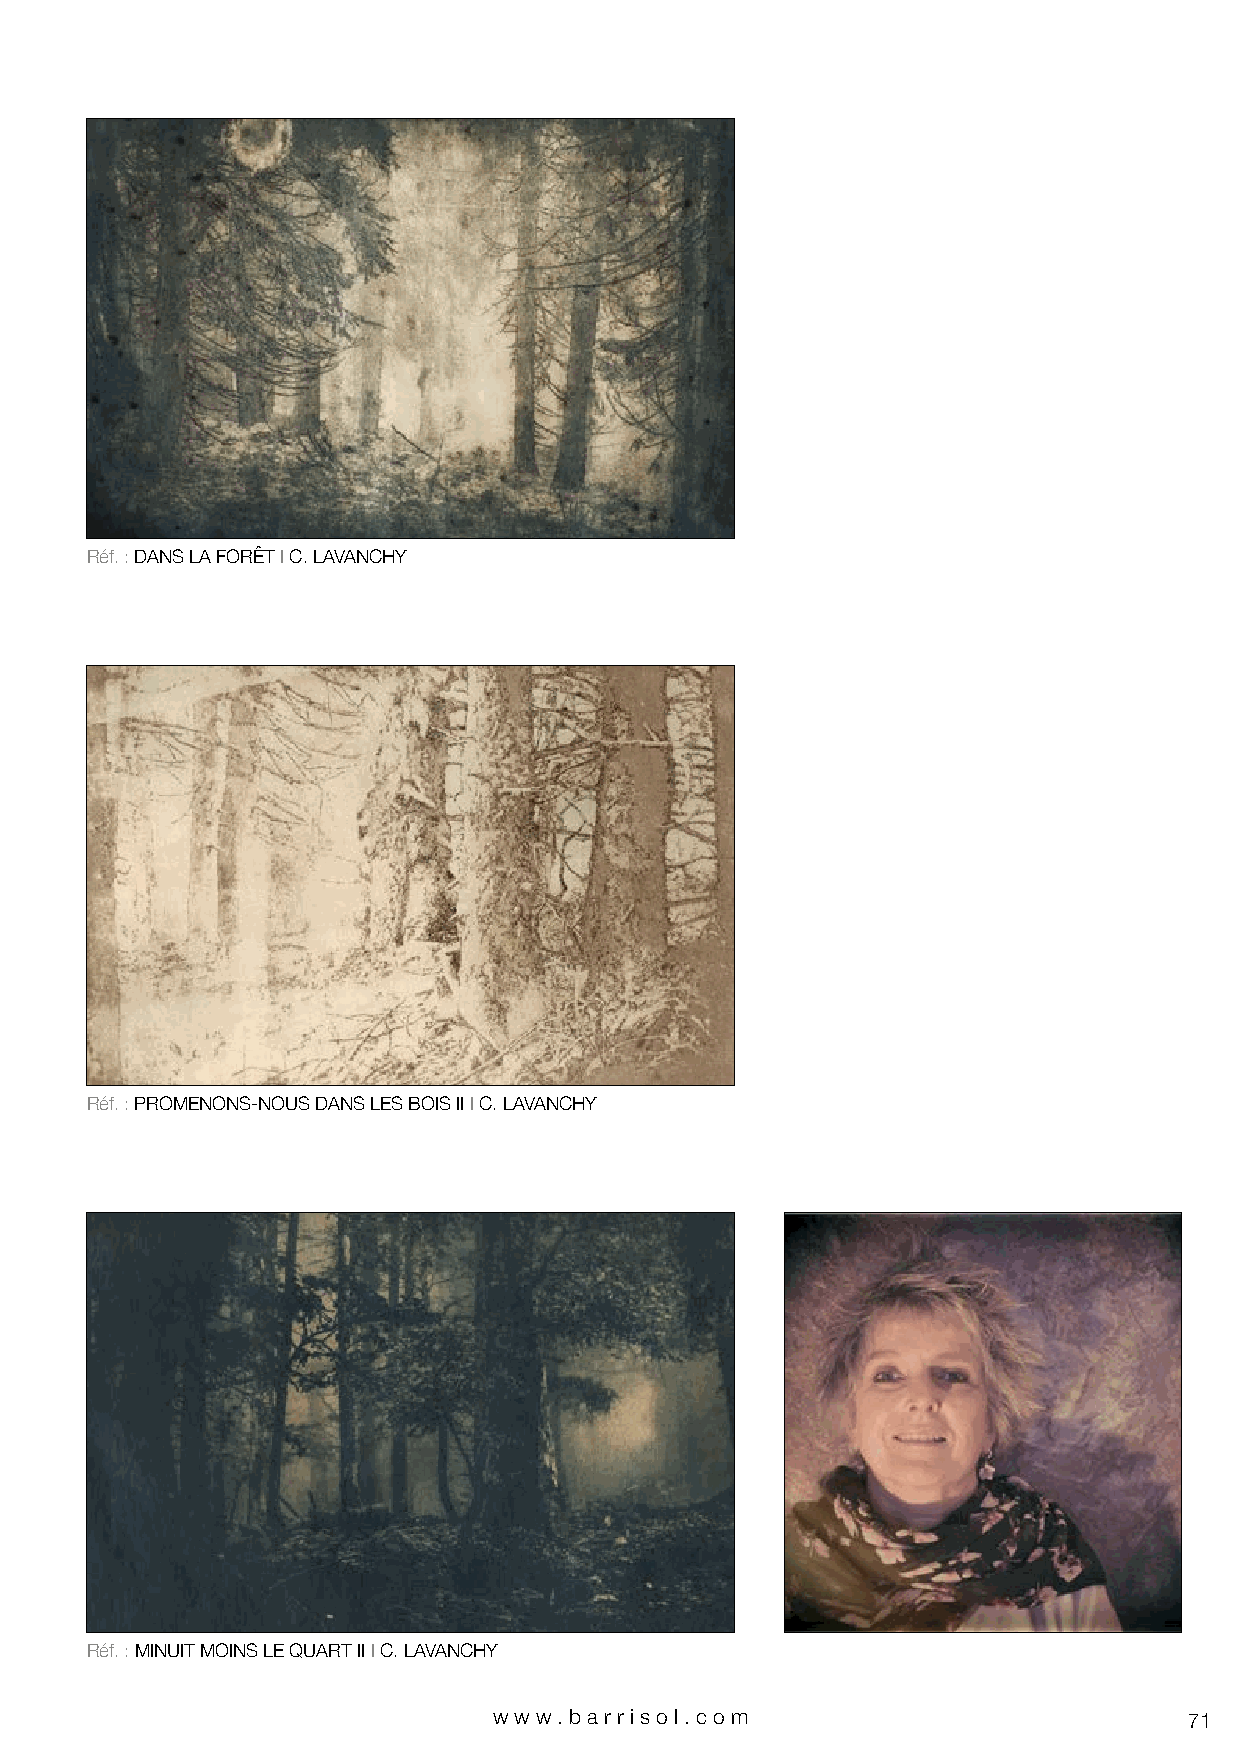
Réf. : DANS LA FORÊT I C. LAVANCHY
 Réf. : PROMENONS-NOUS DANS LES BOIS II I C. LAVANCHY
 Réf. : MINUIT MOINS LE QUART II I C. LAVANCHY
 www.bar riso l. com                           71